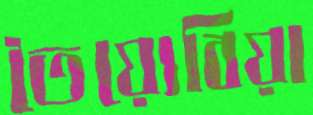
তৈয়্যেবিয়া